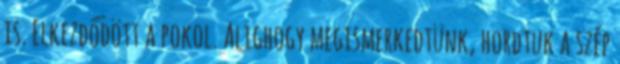
is. Elkezdődött a pokol. Alighogy megismerkedtünk, hordtuk a szép